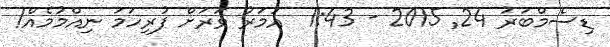
ޑިސެމްބަރު 24